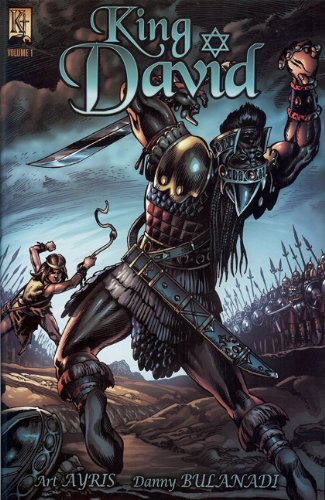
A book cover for David Vol. 1; Art Ayris; Comics & Graphic Novels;